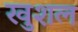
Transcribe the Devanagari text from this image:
खुशल